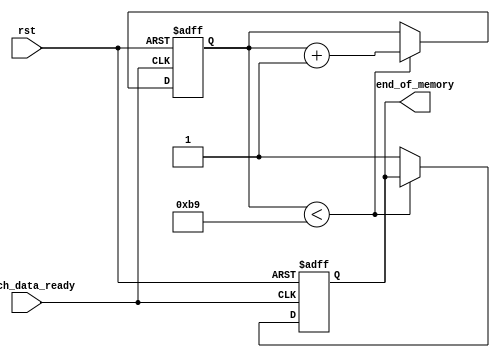
module memoryController( 
		fetch_data_ready,
		end_of_memory,
		rst
);

input rst;
input fetch_data_ready;
output reg end_of_memory;

reg [31:0] address = 32'd0;
reg [31:0] threshold = 32'd185;

always@(posedge fetch_data_ready or negedge rst)
begin
	if(rst == 1'b0)
	begin
		address <= 32'd0;
		end_of_memory <= 1'b0;
	end
	else
	begin
		if(address < threshold)
		begin
			address <= address + 1'b1;
		end
		else
		begin
			end_of_memory <= 1'b1;
		end
	end
end

endmodule